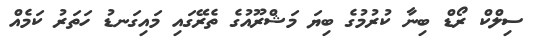
ސިލްކް ރޯޑް ބިނާ ކުރުމުގެ ބިޔަ މަޝްރޫއުގެ ތެރޭގައި މައިގަނޑު ހަތަރު ކަމެއް